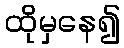
ထိုမှနေ၍